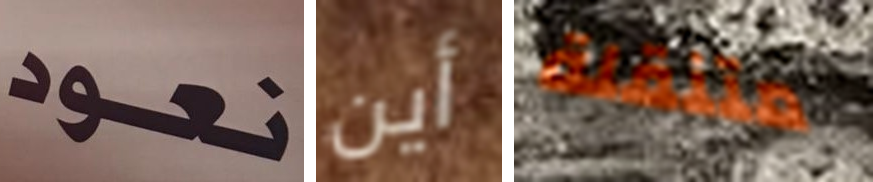
نعود أين متنقلة